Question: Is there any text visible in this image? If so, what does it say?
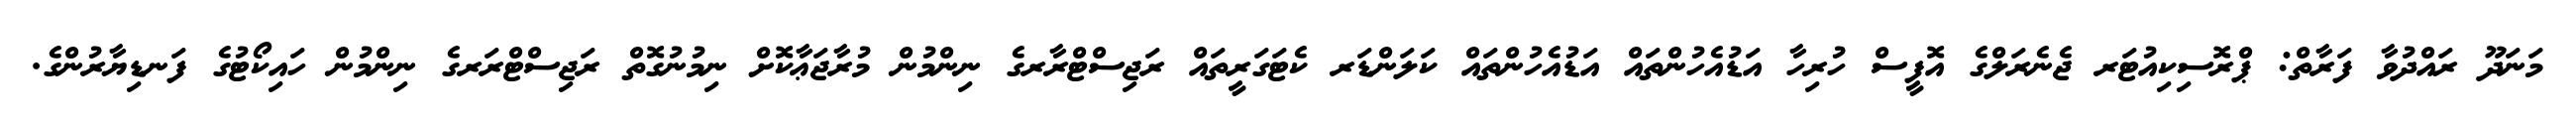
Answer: މަނަދޫ ރައްދުވާ ފަރާތް: ޕްރޮސިކިއުޓަރ ޖެނެރަލްގެ އޮފީސް ހުރިހާ އަޑުއެހުންތައް އަޑުއެހުންތައް ކަލަންޑަރ ކެޓަގަރީތައް ރަޖިސްޓްރާރގެ ނިންމުން މުރާޖަޢާކޮށް ނިމުނުގޮތް ރަޖިސްޓްރަރގެ ނިންމުން ހައިކޯޓުގެ ފަނޑިޔާރުންގެ.